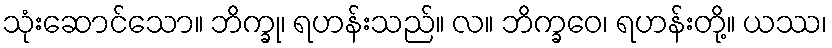
သုံးဆောင်သော။ ဘိက္ခု၊ ရဟန်းသည်။ လ။ ဘိက္ခဝေ၊ ရဟန်းတို့။ ယဿ၊